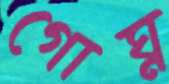
গোঘ্ন